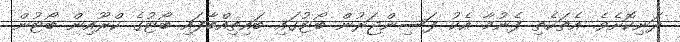
ދަނިކޮށެވެ. އެތަކެތި ފެނުމާ އެކު ފަސިންޖަރުން ބޯޓުގައި ބައިތިއްބާފައި ބޯޓުގެ ކްރޫއިން ބޯޓުން